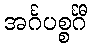
အင်္ဂပစ္စင်္ဂီ